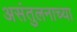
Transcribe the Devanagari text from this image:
असंतुलनाच्या